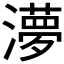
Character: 𭲿